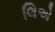
લિએ